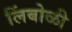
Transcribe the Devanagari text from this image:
लिंबोळी